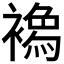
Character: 𧝌